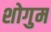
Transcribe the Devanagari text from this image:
शोगुम